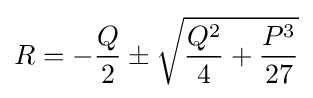
R=-{Q \over 2}\pm {\sqrt {{Q^{2} \over 4}+{P^{3} \over 27}}}